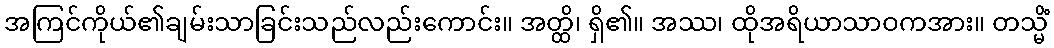
အကြင်ကိုယ်၏ချမ်းသာခြင်းသည်လည်းကောင်း။ အတ္ထိ၊ ရှိ၏။ အဿ၊ ထိုအရိယာသာဝကအား။ တသ္မိံ